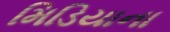
મિડિયાના